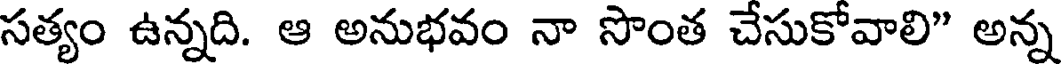
సత్యం ఉన్నది. ఆ అనుభవం నా సొంత చేసుకోవాలి" అన్న